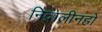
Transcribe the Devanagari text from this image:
निद्रालीनहो